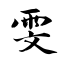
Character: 雯